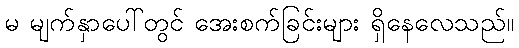
မ မျက်နှာပေါ်တွင် အေးစက်ခြင်းများ ရှိနေလေသည်။